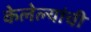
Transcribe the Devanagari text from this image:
केलेल्यांची